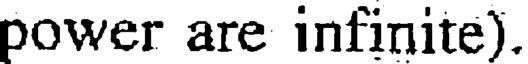
power are infinite).